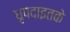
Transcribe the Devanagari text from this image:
धृपदाइतके